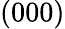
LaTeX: (000)